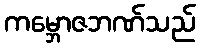
ကမ္ဘောဇဘဏ်သည်